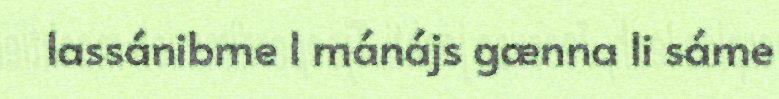
lassánibme l mánájs gænna li sáme